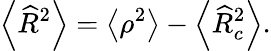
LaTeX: \left\langle\widehat{R}^{2}\right\rangle=\left\langle\rho^{2}\right\rangle-\left\langle\widehat{R}_{c}^{2}\right\rangle.